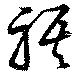
祺